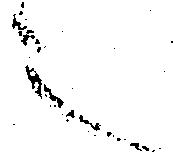
之